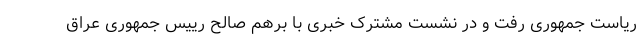
ریاست جمهوری رفت و در نشست مشترک خبری با برهم صالح رییس جمهوری عراق